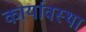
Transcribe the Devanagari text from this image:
कार्यावस्था